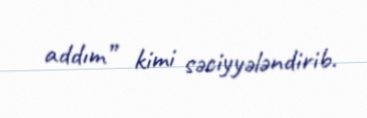
addım” kimi səciyyələndirib.